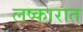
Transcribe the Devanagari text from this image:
लष्कारात